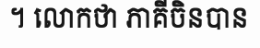
។ លោកថា ភាគីចិនបាន